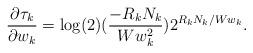
LaTeX: \begin{align*}\frac{\partial \tau_{k}}{\partial w_{k}} = \log(2) (\frac{-R_{k}N_{k}}{W w_{k}^{2}})2^{R_{k}N_{k}/W w_{k}}.\end{align*}